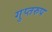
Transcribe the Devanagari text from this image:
गुप्तरुप